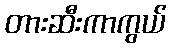
တားဆီးကာကွယ်